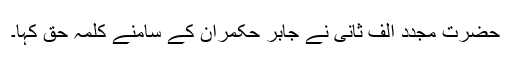
حضرت مجدد الف ثانیؒ نے جابر حکمران کے سامنے کلمۂ حق کہا۔